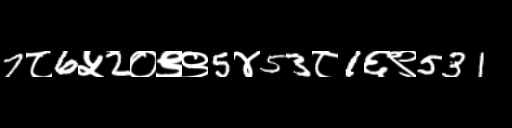
Text: 7८6५2०९९5४53८1६९531